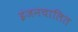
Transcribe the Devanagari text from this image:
इंजनचालित